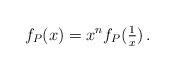
LaTeX: \begin{align*}f_{P} (x) = x^{n} f_{P}(\tfrac 1 x) \, .\end{align*}